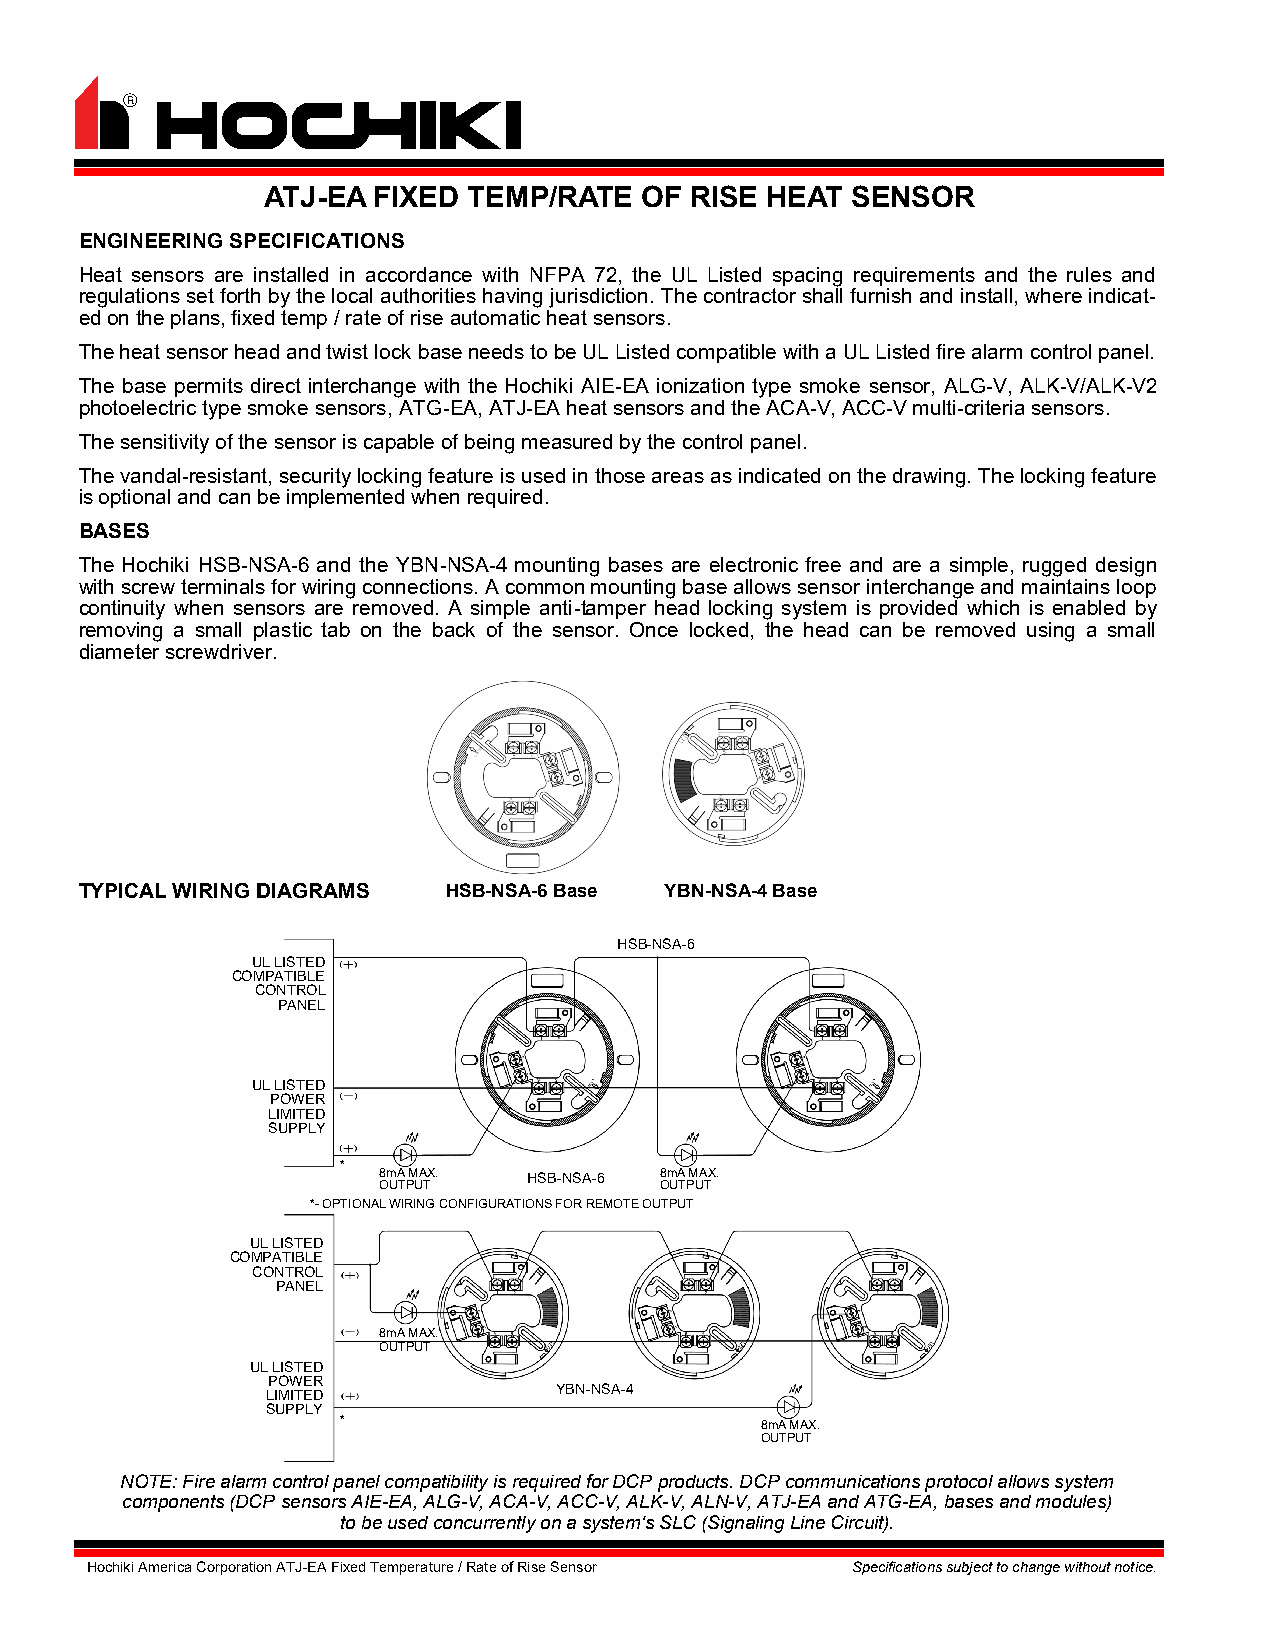
ATJ-EA  FIXED TEMP/RATE   OF RISE HEAT SENSOR
 ENGINEERING SPECIFICATIONS
 Heat sensors are installed in accordance with NFPA 72, the UL Listed spacing requirements and the rules and
 regulations set forth by the local authorities having jurisdiction. The contractor shall furnish and install, where indicat-
 ed on the plans, fixed temp / rate of rise automatic heat sensors.
 The heat sensor head and twist lock base needs to be UL Listed compatible with a UL Listed fire alarm control panel.
 The base permits direct interchange with the Hochiki AIE-EA ionization type smoke sensor, ALG-V, ALK-V/ALK-V2
 photoelectric type smoke sensors, ATG-EA, ATJ-EA heat sensors and the ACA-V, ACC-V multi-criteria sensors.
 The sensitivity of the sensor is capable of being measured by the control panel.
 The vandal-resistant, security locking feature is used in those areas as indicated on the drawing. The locking feature
 is optional and can be implemented when required.
 BASES
 The Hochiki HSB-NSA-6 and the YBN-NSA-4 mounting bases are electronic free and are a simple, rugged design
 with screw terminals for wiring connections. A common mounting base allows sensor interchange and maintains loop
 continuity when sensors are removed. A simple anti-tamper head locking system is provided which is enabled by
 removing a small plastic tab on the back of the sensor. Once locked, the head can be removed using a small
 diameter screwdriver.
 TYPICAL WIRING DIAGRAMS  HSB-NSA-6 Base YBN-NSA-4 Base
 HSB-NSA-6
 UL LISTED
 COMPATIBLE
 CONTROL
 PANEL
 UL LISTED
 POWER
 LIMITED
 SUPPLY
 *
 8mA MAX.  HSB-NSA-6 8mA MAX.
 OUTPUT             OUTPUT
 *- OPTIONAL WIRING CONFIGURATIONS FOR REMOTE OUTPUT
 UL LISTED
 COMPATIBLE
 CONTROL
 PANEL
 8mA MAX.
 OUTPUT
 UL LISTED
 POWER
 YBN-NSA-4
 LIMITED
 SUPPLY
 *                           8mA MAX.
 OUTPUT
 NOTE: Fire alarm control panel compatibility is required for DCP products. DCP communications protocol allows system
 components (DCP sensors AIE-EA, ALG-V, ACA-V, ACC-V, ALK-V, ALN-V, ATJ-EA and ATG-EA, bases and modules)
 to be used concurrently on a system's SLC (Signaling Line Circuit).
 Hochiki America Corporation ATJ-EA Fixed Temperature / Rate of Rise Sensor Specifications subject to change without notice.